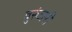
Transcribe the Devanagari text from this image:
वुरुंजरी